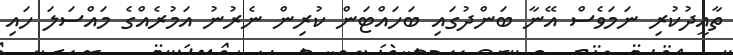
ތާއީދުކުރި ނަމަވެސް އޭނާ ބަންދުގައި ބަހައްޓަން ކުރިން ނެރުނު އަމުރެއްގެ މައްސަލަ ހައި